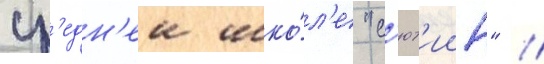
ср'едн'еи шко́л'е "с'ют'иин" //